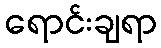
ရောင်းချရာ